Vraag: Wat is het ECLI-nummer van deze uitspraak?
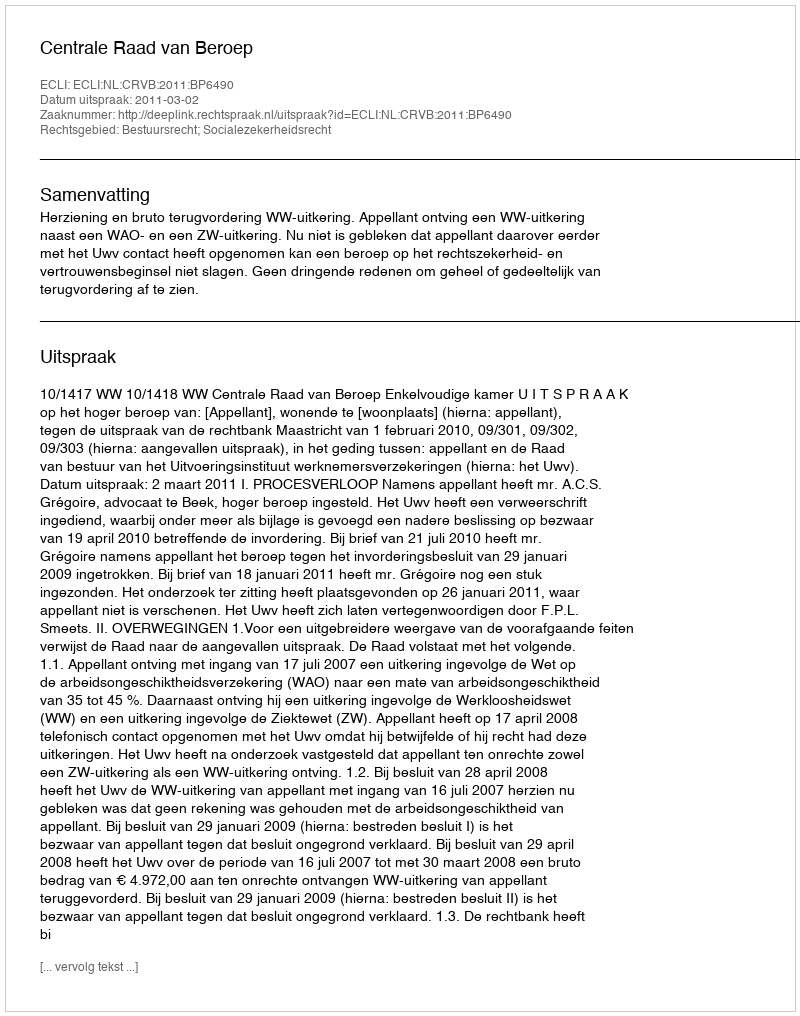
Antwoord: ECLI:NL:CRVB:2011:BP6490